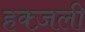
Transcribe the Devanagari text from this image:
हक्ज़ली